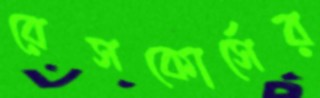
রেসকোর্সের